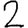
Digit: 2